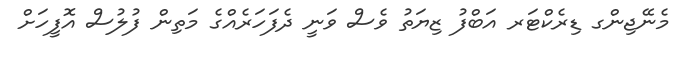
މެނޭޖިންގ ޑިރެކްޓަރ އަބްފު ޒިޔަތު ވެސް ވަނީ ދެފަހަރެއްގެ މަތިން ފުލުސް އޮފީހަށް